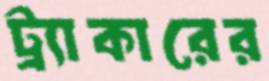
ট্র্যাকারের